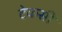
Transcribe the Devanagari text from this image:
टेकसी